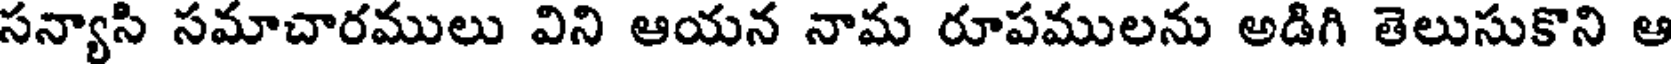
సన్యాసి సమాచారములు విని ఆయన నామ రూపములను అడిగి తెలుసుకొని ఆ